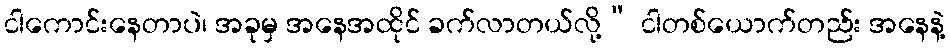
ငါကောင်းနေတာပဲ၊ အခုမှ အနေအထိုင် ခက်လာတယ်လို့” ငါတစ်ယောက်တည်း အနေနဲ့